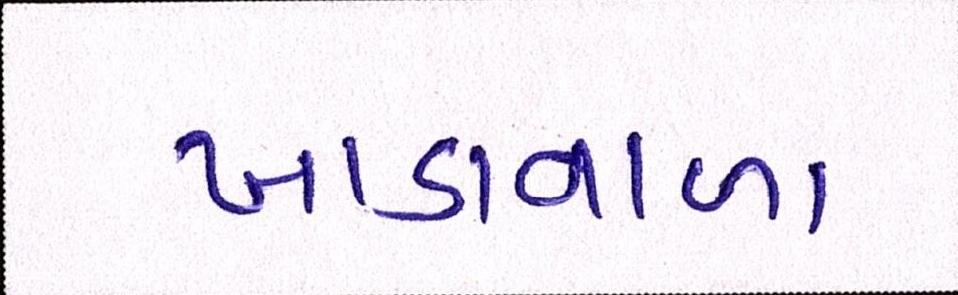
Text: ખાડાવાળા